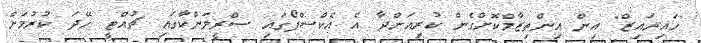
"ހައިރައިޒް" އިން އިންތިޒާމްކޮށްގެން ކުރިއަށްދާ އެ އެކްސްޕޯގައި ސްރީލަންކާގައި ޗުއްޓީ ހޭދަ ކުރުމަށް